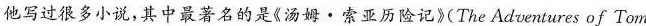
他写过很多小说，其中最著名的是《汤姆·索亚历险记》(The Adventures of Tom